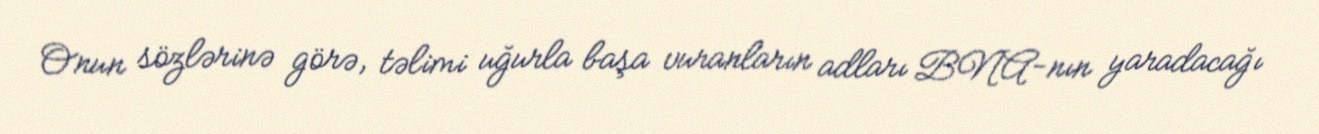
Onun sözlərinə görə, təlimi uğurla başa vuranların adları BNA-nın yaradacağı